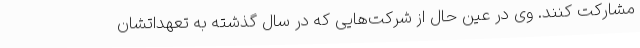
مشارکت کنند. وی در عین حال از شرکت‌هایی که در سال گذشته به تعهداتشان